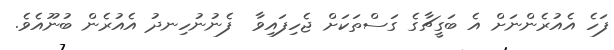
ފަހެ އެއުރެންނަށް އެ ބަގީޗާގެ ގަސްތަކަށް ޖެހިފައިވާ  ފެނުނުހިނދު އެއުރެން ބުނޫއެވެ.